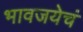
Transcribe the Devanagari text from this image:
भावजयेचं